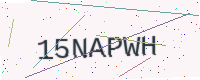
Text: 15NAPWH